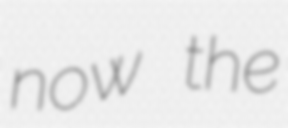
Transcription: now the